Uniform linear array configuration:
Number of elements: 4
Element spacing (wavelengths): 0.75
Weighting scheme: uniform
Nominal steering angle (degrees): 60
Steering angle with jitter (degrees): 59.377
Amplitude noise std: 0.05
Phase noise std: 0.05

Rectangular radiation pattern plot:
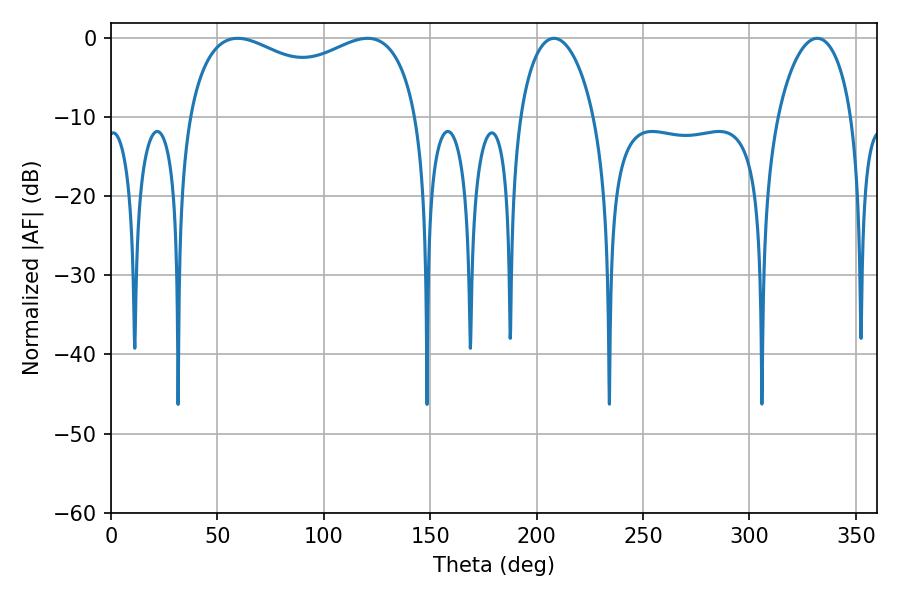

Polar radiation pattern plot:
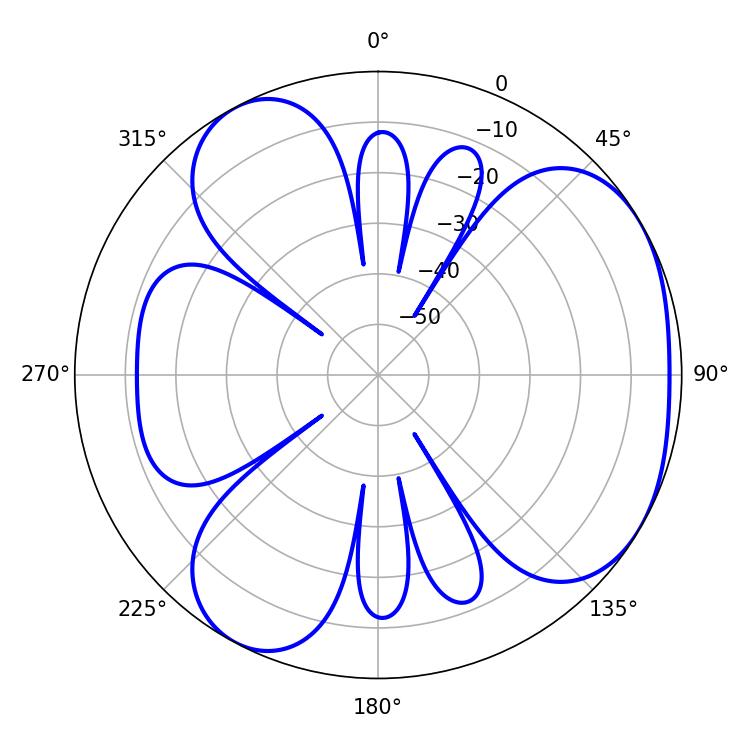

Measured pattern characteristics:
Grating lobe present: TRUE
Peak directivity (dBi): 4.206
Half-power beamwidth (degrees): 89.64
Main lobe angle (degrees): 59.4